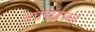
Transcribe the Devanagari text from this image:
संघर्षाबाबत